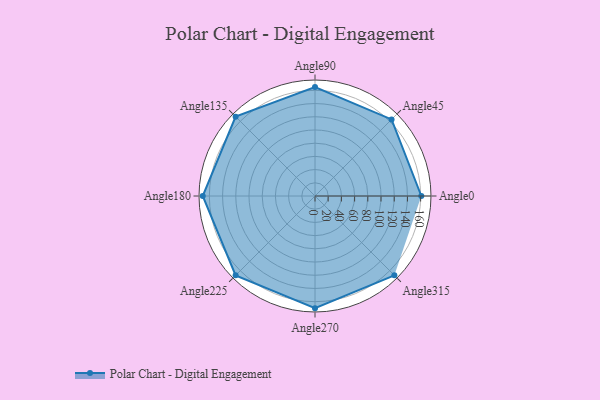
{"axis": {"x": "Angle", "y": "Radius"}, "legend": [""], "data": [{"x": "Angle0", "y": 161.0, "type": ""}, {"x": "Angle45", "y": 164.0, "type": ""}, {"x": "Angle90", "y": 165.0, "type": ""}, {"x": "Angle135", "y": 170, "type": ""}, {"x": "Angle180", "y": 170, "type": ""}, {"x": "Angle225", "y": 170, "type": ""}, {"x": "Angle270", "y": 170, "type": ""}, {"x": "Angle315", "y": 170, "type": ""}]}